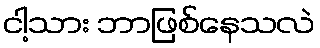
ငါ့သား ဘာဖြစ်နေသလဲ